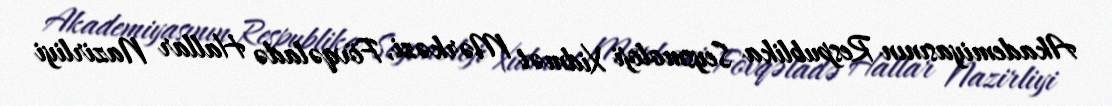
Akademiyasının Respublika Seysmoloji Xidmət Mərkəzi, Fövqəladə Hallar Nazirliyi